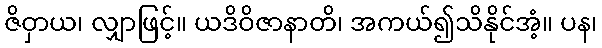
ဇိဝှာယ၊ လျှာဖြင့်။ ယဒိဝိဇာနာတိ၊ အကယ်၍သိနိုင်အံ့။ ပန၊